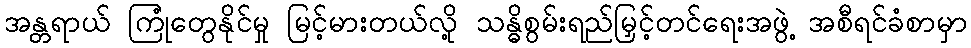
အန္တရာယ် ကြုံတွေနိုင်မှု မြင့်မားတယ်လို့ သန္ဓိစွမ်းရည်မြှင့်တင်ရေးအဖွဲ့ အစီရင်ခံစာမှာ